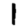
Digit: 1